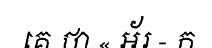
គេ ថា « អ័រ - ក